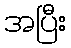
အပြီး